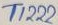
Text: 1222